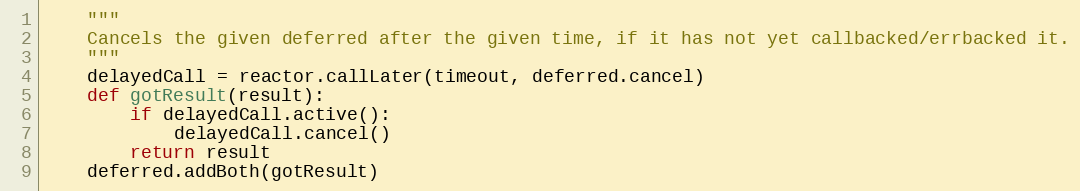
Language: Python
    """
    Cancels the given deferred after the given time, if it has not yet callbacked/errbacked it.
    """
    delayedCall = reactor.callLater(timeout, deferred.cancel)
    def gotResult(result):
        if delayedCall.active():
            delayedCall.cancel()
        return result
    deferred.addBoth(gotResult)